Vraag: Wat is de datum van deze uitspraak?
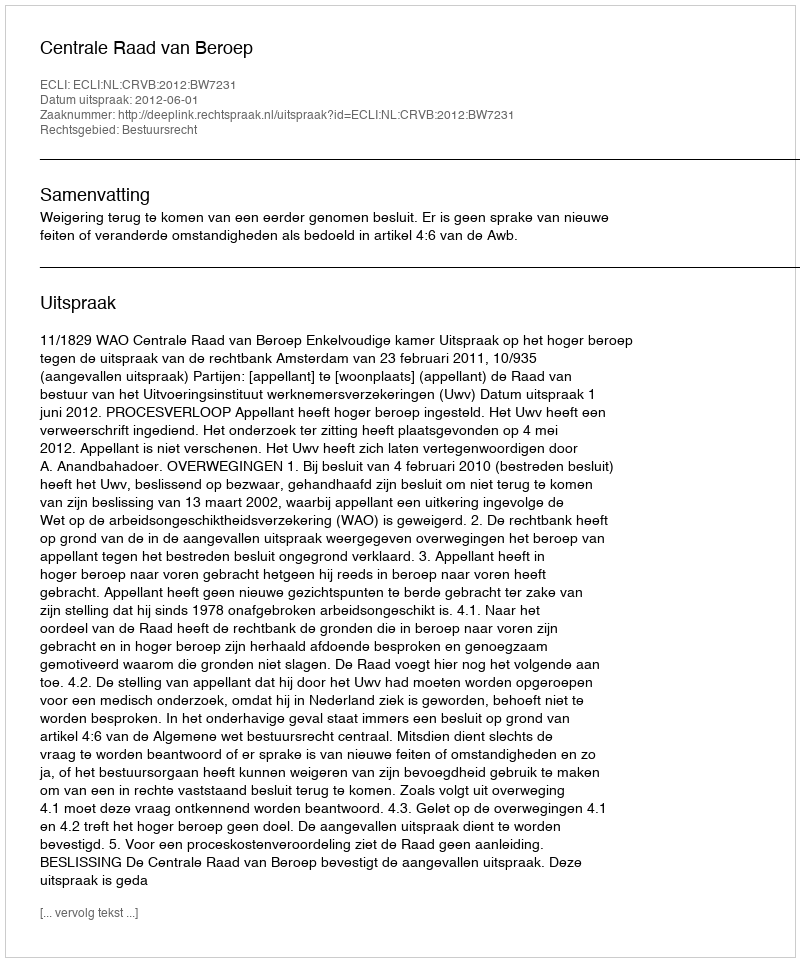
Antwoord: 2012-06-01